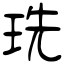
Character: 珗